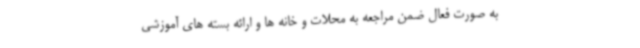
به صورت فعال ضمن مراجعه به محلات و خانه ها و ارائه بسته های آموزشی